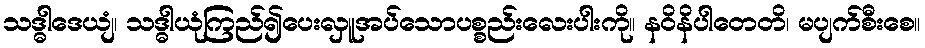
သဒ္ဓါဒေယျံ၊ သဒ္ဓါယုံကြည်၍ပေးလှူအပ်သောပစ္စည်းလေးပါးကို။ နဝိနိပါတေတိ၊ မပျက်စီးစေ။